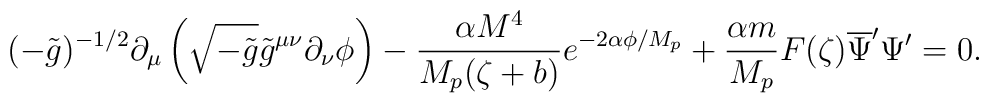
(-\tilde{g})^{-1/2}\partial_{\mu}\left(\sqrt{-\tilde{g}}\tilde{g}^{\mu\nu}\partial_{\nu}\phi \right)-\frac{\alpha M^{4}}{M_{p}(\zeta +b)}e^{-2\alpha\phi/M_{p}}+\frac{\alpha m}{M_{p}}F(\zeta)\overline{\Psi}^{\prime}\Psi^{\prime}=0.